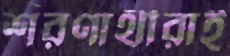
শরণার্থীরাই